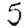
Digit: 5